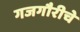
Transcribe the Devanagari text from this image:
गजगौरीचे